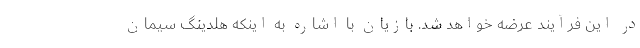
در این فرآیند عرضه خواهد شد. بازیان با اشاره به اینکه هلدینگ سیمان